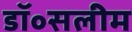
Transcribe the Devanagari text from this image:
डॉ॰सलीम